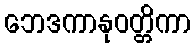
ဘေဒကာနုဝတ္တိကာ